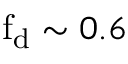
\mathrm { f _ { d } } \sim 0 . 6